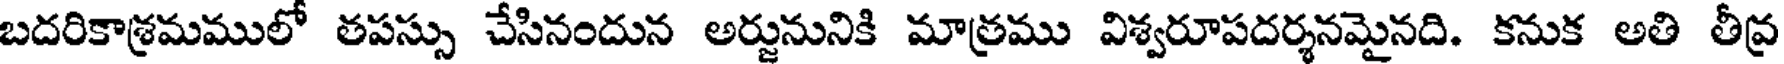
బదరికాశ్రమములో తపస్సు చేసినందున అర్జునునికి మాత్రము విశ్వరూపదర్శనమైనది. కనుక అతి తీవ్ర